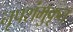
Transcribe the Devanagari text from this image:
नृपशंमुकृत